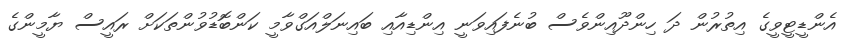
އެންޑީޓީވީގެ އިތުރުން ދަ ހިންދޫއިންވެސް ބުނެފައިވަނީ އިންޑިއާއި ބައިނަލްއަގްވާމީ ކަންބޮޑުވުންތަކަށް ރައީސް ޔާމީންގެ